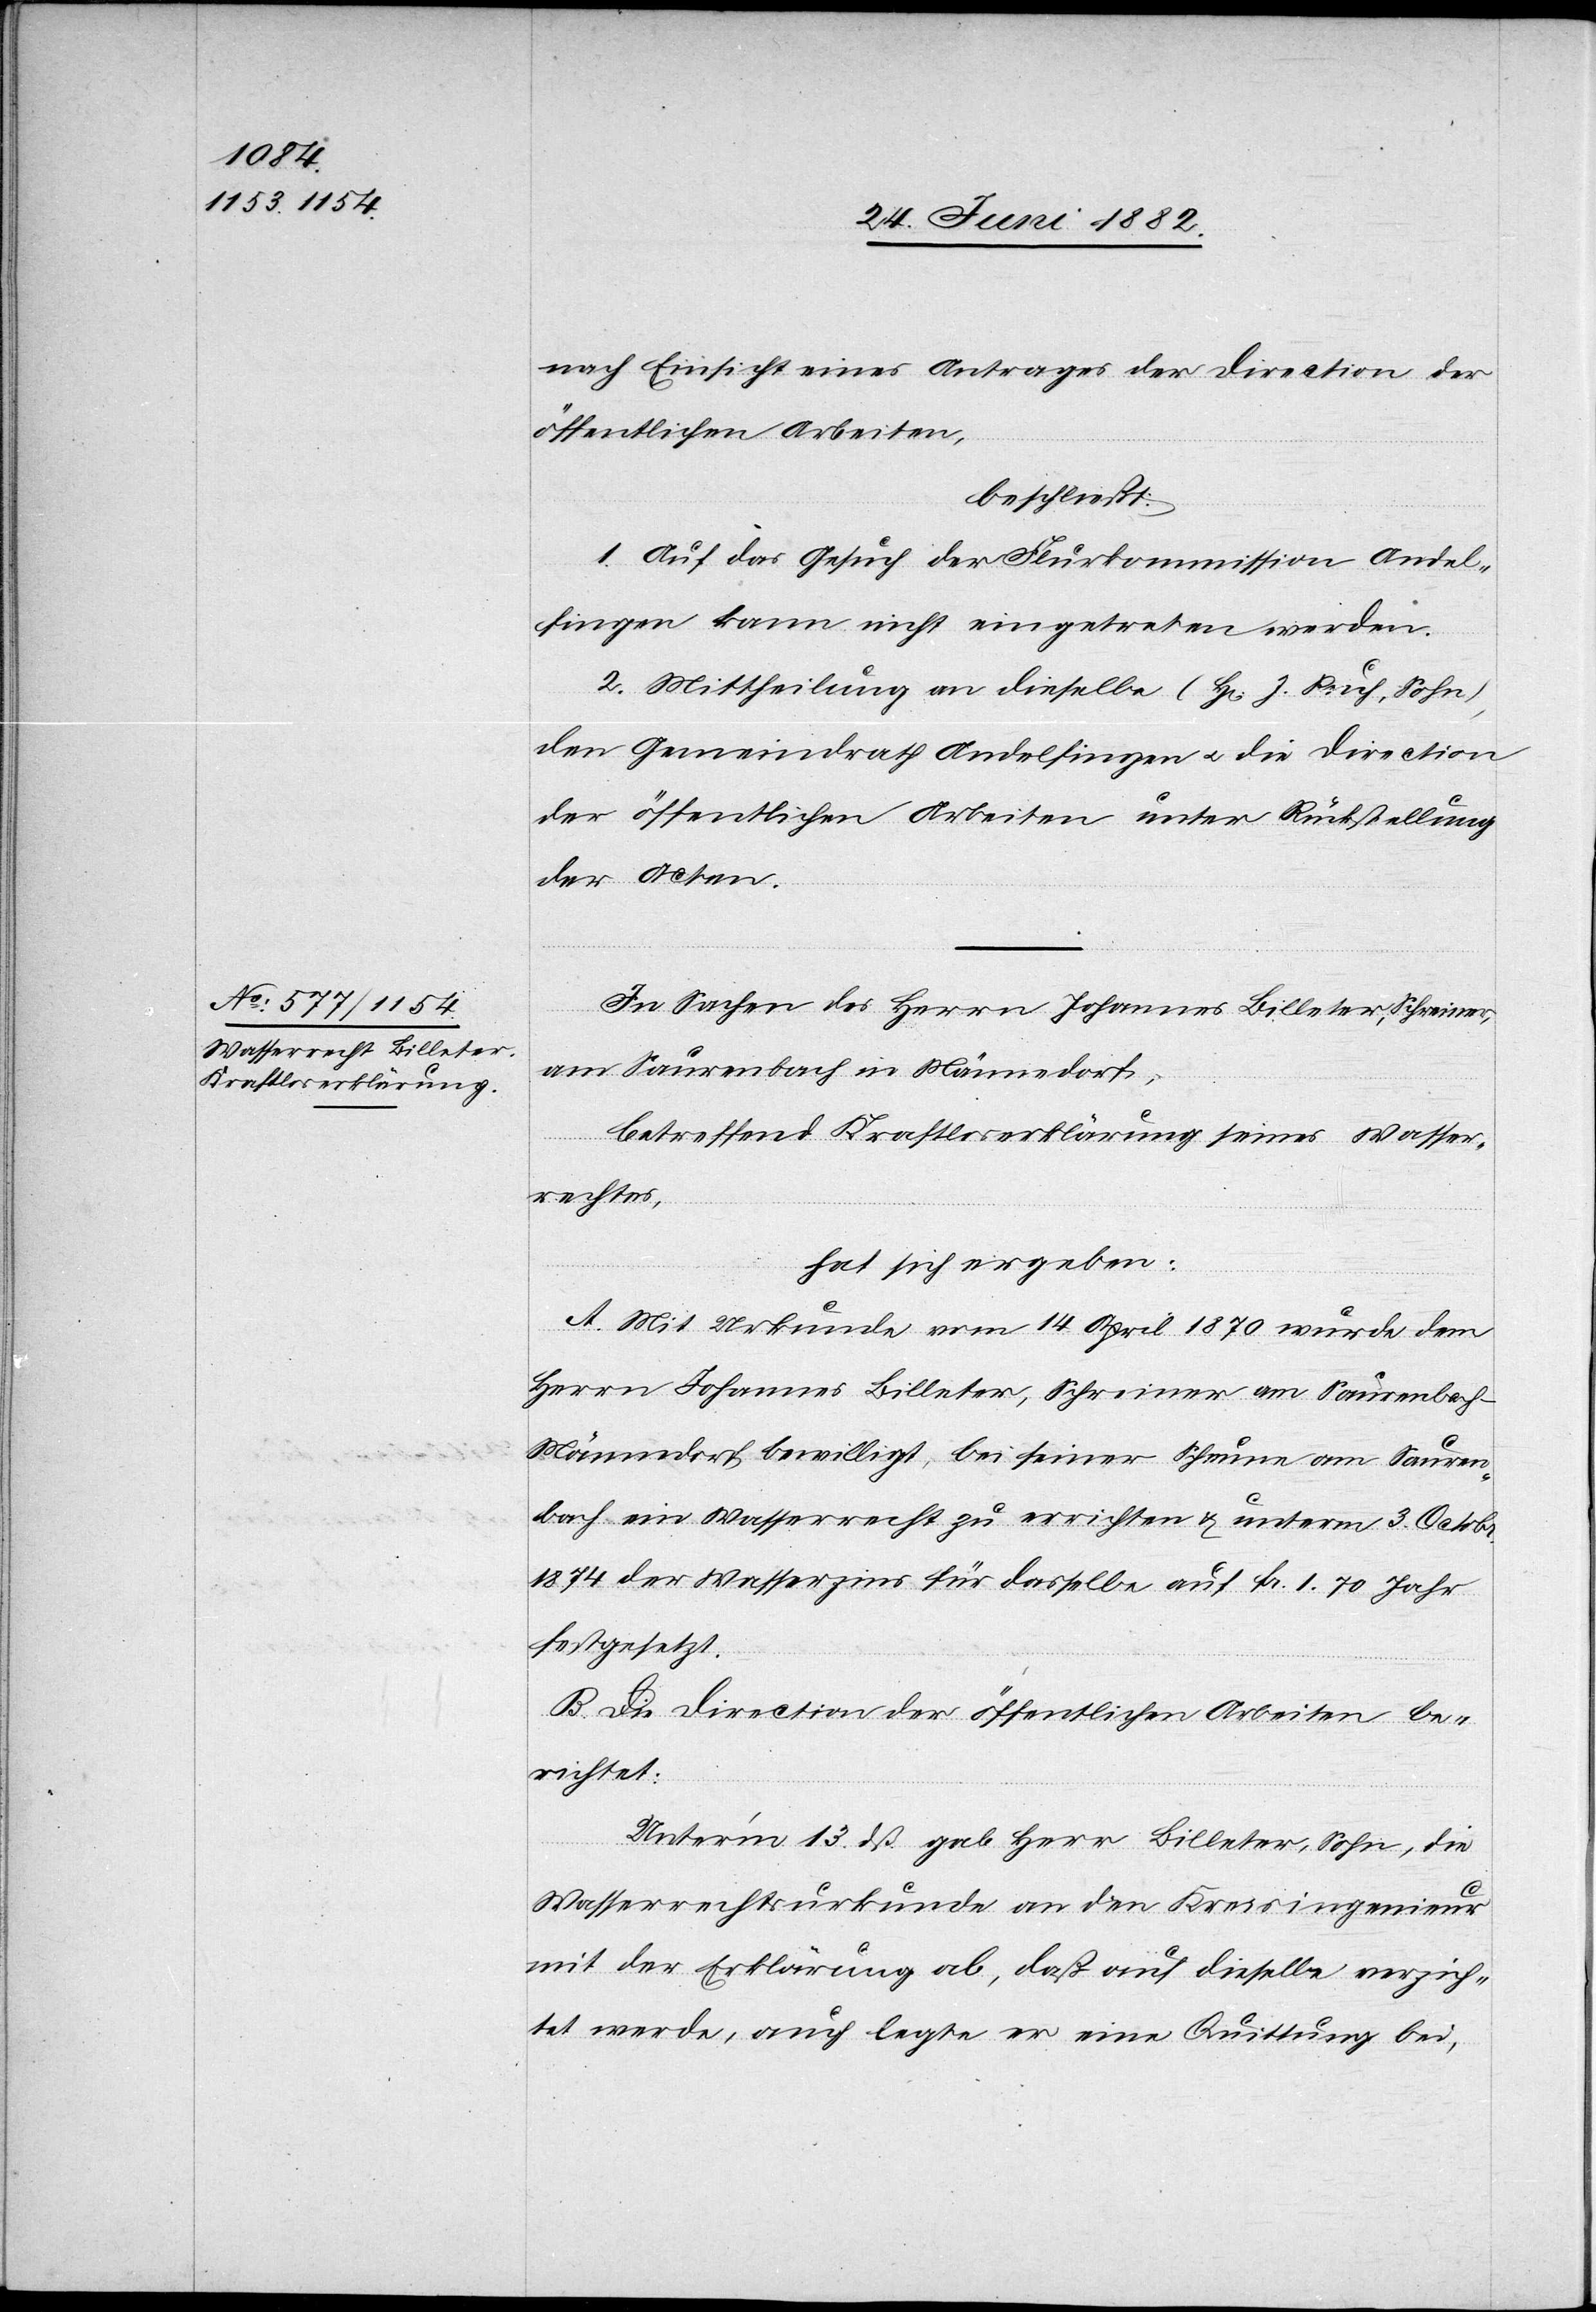
nach Einsicht eines Antrages der Direction der
öffentlichen Arbeiten,
beschließt:
1. Auf das Gesuch der Flurkommission Andel¬
fingen kann nicht eingetreten werden.
2. Mittheilung an dieselbe (Hr. J. Ruch, Sohn),
den Gemeindrath Andelfingen u. die Direction
der öffentlichen Arbeiten unter Rückstellung
der Acten.
In Sachen des Herrn Johannes Billeter, Schreiner,
am Saurenbach in Männedorf,
betreffend Kraftloserklärung seines Wasser¬
rechtes,
hat sich ergeben:
A. Mit Urkunde vom 14. April 1870 wurde dem
Herrn Johannes Billeter, Schreiner am Saurenbach
Männedorf bewilligt, bei seiner Scheune am Sauren¬
bach ein Wasserrecht zu errichten & unterm 3. Octobr.
1874 der Wasserzins für dasselbe auf Fr. 1.70 [pro] Jahr
festgesetzt.
Unterm 13. dß. gab Herr Billeter, Sohn, die
Wasserrechtsurkunde an den Kreisingenieur
mit der Erklärung ab, daß auf dieselbe verzich¬
tet werde, auch legte er eine Quittung bei,